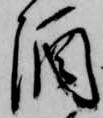
酒